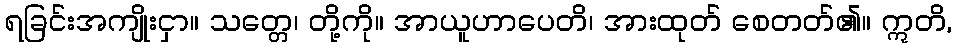
ရခြင်းအကျိုးငှာ။ သတ္တေ၊ တို့ကို။ အာယူဟာပေတိ၊ အားထုတ် စေတတ်၏။ ဣတိ,